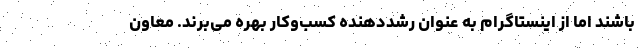
باشند اما از اینستاگرام به عنوان رشددهنده کسب‌وکار بهره می‌برند. معاون